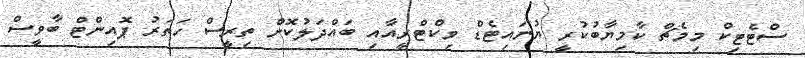
ސްޓެޓިކް މިމެޗް ކާމިޔާބުކުރީ ޔުނައިޓެޑް ވިކްޓްރީއާއި ބައްދަލުކޮށް ތިރީސް ހަތަރު ޕޮއިންޓް ބާވީސް